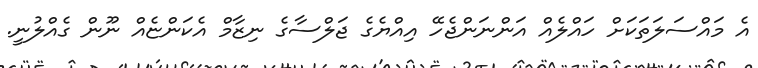
އެ މައްސަލަތަކަށް ހައްލެއް އަންނަންޖެހޭ އިއްޔެގެ ޖަލްސާގެ ނިޒާމް އެކަންޏެއް ނޫން ގެއްލުނީ.